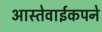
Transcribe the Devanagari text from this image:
आस्तेवाईकपने